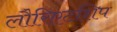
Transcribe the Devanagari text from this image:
लौरिएटशिप